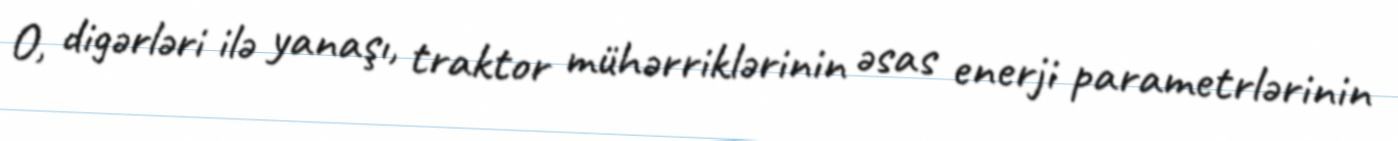
O, digərləri ilə yanaşı, traktor mühərriklərinin əsas enerji parametrlərinin